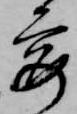
要